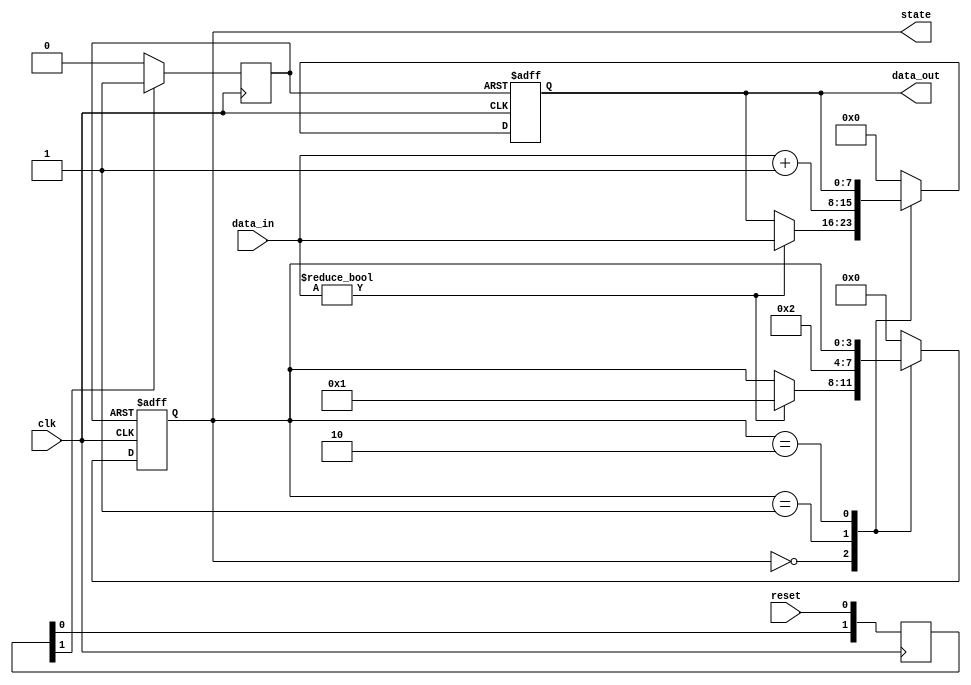
module ResetCondition (
    input wire clk,              // Clock signal
    input wire reset,            // Active-high reset signal
    input wire [7:0] data_in,    // Additional control or data input
    output reg [7:0] data_out,   // Output signal
    output reg [3:0] state       // Current state
);
    
    // Define a state parameter for clarity
    parameter INITIAL_STATE = 4'b0000;
    parameter STATE_1        = 4'b0001;
    parameter STATE_2        = 4'b0010;
    // ... other states can be defined as needed

    // Debounced reset signal
    reg debounced_reset;
    reg [1:0] reset_sync; // Two flip-flops for synchronizing the reset

    // Reset condition with debounce
    always @(posedge clk) begin
        reset_sync <= {reset_sync[0], reset}; // Shift register for stable reset signal
        if (reset_sync[1] == 1'b1) begin
            debounced_reset <= 1'b1;
        end else begin
            debounced_reset <= 1'b0;
        end
    end

    // State management logic
    always @(posedge clk or posedge debounced_reset) begin
        if (debounced_reset) begin
            state <= INITIAL_STATE; // Reset state
            data_out <= 8'b0;       // Reset output data
        end else begin
            // Normal operation state update logic
            // This can be modified to fit more complex state transition rules
            case (state)
                INITIAL_STATE: begin
                    // Perform actions in initial state
                    if (data_in != 8'b0) begin
                        state <= STATE_1;
                        data_out <= data_in; // Example operation
                    end
                end
                
                STATE_1: begin
                    // Example transition and actions
                    state <= STATE_2; // Transition to next state
                    data_out <= data_in + 1; // Example operation
                end
                
                STATE_2: begin
                    // Continue state management as needed
                    // ...
                end
                
                default: begin
                    state <= INITIAL_STATE; // Default to initial state
                    data_out <= 8'b0;       // Reset output data
                end
            endcase
        end
    end

endmodule